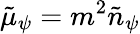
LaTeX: \tilde{\mu}_{\psi}=m^{2}\tilde{n}_{\psi}